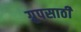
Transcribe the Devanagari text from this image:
ग्रुपसाठी